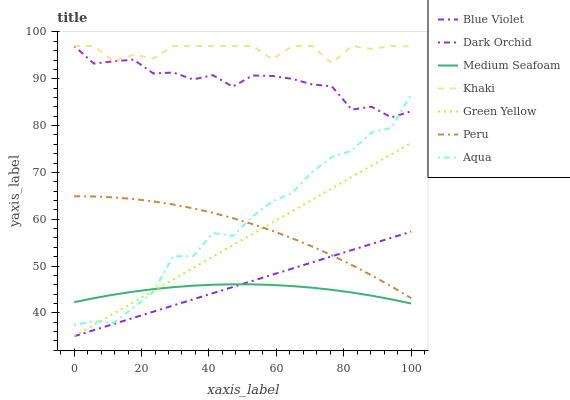
| xaxis_label | Blue Violet | Dark Orchid | Medium Seafoam | Khaki | Green Yellow | Peru | Aqua |
 | --- | --- | --- | --- | --- | --- | --- | --- |
 | 0 | 35 | 97 | 42.3 | 97 | 35 | 64.9 | 37.4 |
 | 5.88 | 36.3 | 93.3 | 43.1 | 97 | 37.4 | 64.9 | 38.2 |
 | 11.8 | 37.6 | 93.7 | 43.9 | 93.7 | 39.9 | 64.7 | 37.9 |
 | 17.6 | 38.9 | 94.1 | 44.5 | 95.1 | 42.3 | 64.3 | 41.1 |
 | 23.5 | 40.3 | 91.1 | 45.1 | 94.3 | 44.7 | 63.8 | 44.5 |
 | 29.4 | 41.6 | 91.3 | 45.5 | 97 | 47.1 | 63.1 | 52.1 |
 | 35.3 | 42.9 | 89.9 | 45.8 | 97 | 49.6 | 62.3 | 52.1 |
 | 41.2 | 44.2 | 90.8 | 46 | 97 | 52 | 61.4 | 57.1 |
 | 47.1 | 45.5 | 88.3 | 46.1 | 97 | 54.4 | 60.2 | 56.4 |
 | 52.9 | 46.8 | 90.7 | 46.1 | 97 | 56.9 | 59 | 60.6 |
 | 58.8 | 48.1 | 90.6 | 46 | 94.2 | 59.3 | 57.5 | 63.8 |
 | 64.7 | 49.5 | 90 | 45.7 | 97 | 61.7 | 55.9 | 65.6 |
 | 70.6 | 50.8 | 88.8 | 45.4 | 97 | 64.2 | 54.2 | 70.1 |
 | 76.5 | 52.1 | 88.4 | 44.9 | 93.3 | 66.6 | 52.3 | 73.3 |
 | 82.4 | 53.4 | 83.4 | 44.3 | 97 | 69 | 50.2 | 74.7 |
 | 88.2 | 54.7 | 84 | 43.7 | 96.4 | 71.4 | 48 | 78.5 |
 | 94.1 | 56 | 81.7 | 42.9 | 97 | 73.9 | 45.7 | 79.5 |
 | 100 | 57.3 | 83 | 42 | 96.9 | 76.3 | 43.1 | 86.6 |